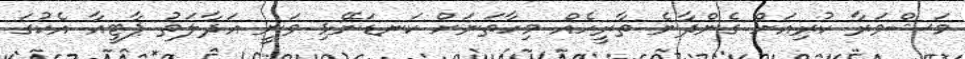
މަޝްވަރާ ކުރިއަށް ގެންދާނެ ތާރީހެއް މިހާތަނަށް ކަނޑަނޭޅި ވަނީ އަދާލަތު ޕާޓީއާ އެކުގަ